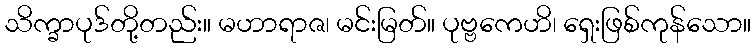
သိက္ခာပုဒ်တို့တည်း။ မဟာရာဇ၊ မင်းမြတ်။ ပုဗ္ဗကေဟိ၊ ရှေးဖြစ်ကုန်သော။